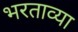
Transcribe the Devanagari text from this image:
भरताव्या